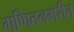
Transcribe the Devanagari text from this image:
गणितनगरीत